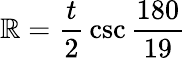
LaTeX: \mathbb{R}={\frac{{t}}{{2}}}\csc{\frac{{180}}{{19}}}